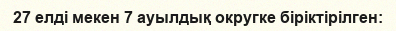
27 елді мекен 7 ауылдық округке біріктірілген: